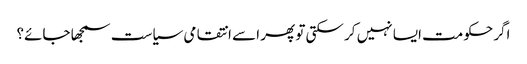
اگر حکومت ایسا نہیں کر سکتی تو پھر اسے انتقامی سیاست سمجھا جائے؟